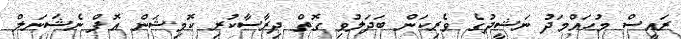
ރައީސް މުހައްމަދު ނަޝީދުގެ ވެރިކަން ބަދަލުވި ގޮތް ދިރާސާކުރި ކޮމިޝަން އޮފް ނެޝަނަލް